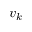
v _ { k }